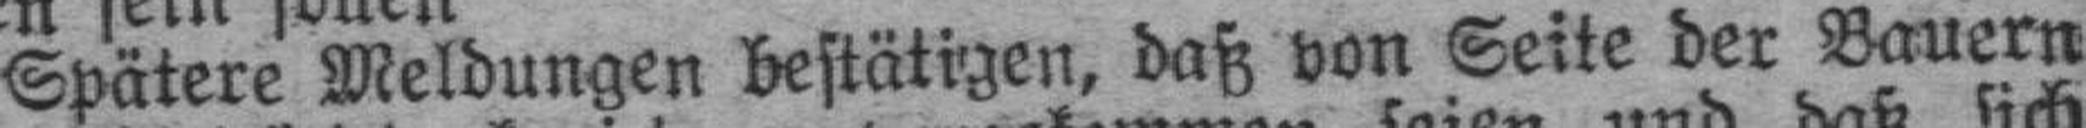
Spätere Meldungen bestätigen, daß von Seite der Bauern